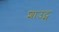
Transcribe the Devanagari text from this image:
शाउट्स